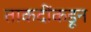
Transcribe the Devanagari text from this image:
ताकदींकडून